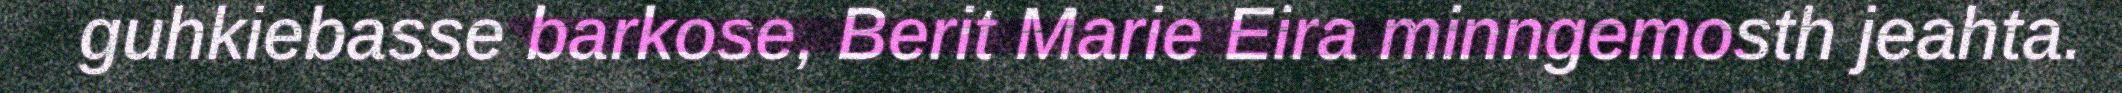
guhkiebasse barkose, Berit Marie Eira minngemosth jeahta.